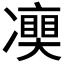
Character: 𠘘